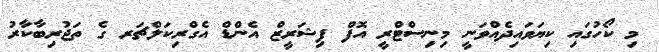
މި ކޯހުގައި ކިޔަވައިދެއްވަނީ މިނިސްޓްރީ އޮފް ފިޝަރީޒް އެންޑް އެގްރިކަލްޗަރ ގެ ތަޖުރިބާކާރު